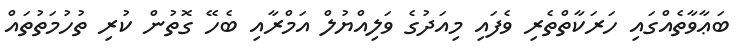
ބަޢާވާތެއްގައި ހަރަކާތްތެރި ވެފައި މިއަދުގެ ވަލިއްޔުލް އަމްރާއި ބެހޭ ގޮތުން ކުރި ތުހުމަތުތައް